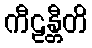
ကီဠန္တီတိ